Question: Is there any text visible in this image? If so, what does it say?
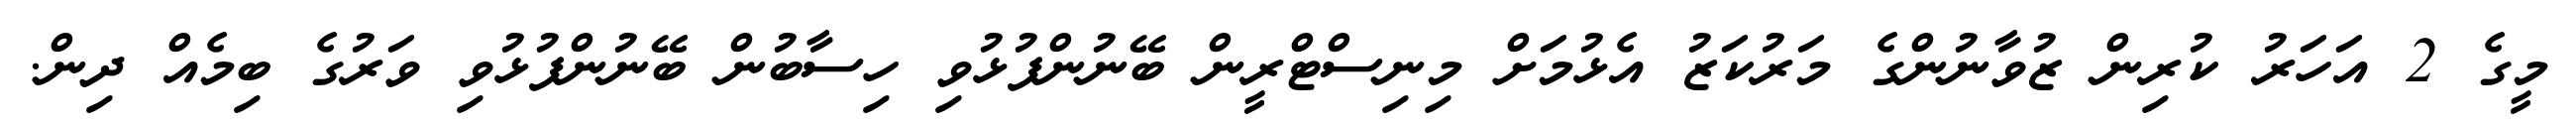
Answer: މީގެ 2 އަހަރު ކުރިން ޒުވާނުންގެ މަރުކަޒު އެޅުމަށް މިނިސްޓްރީން ބޭނުންފުޅުވި ހިސާބުން ބޭނުންފުޅުވި ވަރުގެ ބިމެއް ދިން.